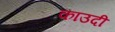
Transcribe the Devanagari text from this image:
काउदी